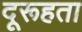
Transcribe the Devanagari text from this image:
दूरूहता